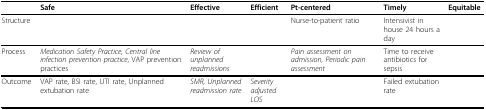
<table><thead><tr><td></td><td><b>Safe</b></td><td><b>Effective</b></td><td><b>Efficient</b></td><td><b>Pt-centered</b></td><td><b>Timely</b></td><td><b>Equitable</b></td></tr></thead><tbody><tr><td>Structure</td><td></td><td></td><td></td><td>Nurse-to-patient ratio</td><td>Intensivist in house 24 hours a day</td><td></td></tr><tr><td>Process</td><td><i>Medication Safety Practice, Central line infection prevention practice</i>, VAP prevention practices</td><td><i>Review of unplanned readmissions</i></td><td></td><td><i>Pain assessment on admission, Periodic pain assessment</i></td><td>Time to receive antibiotics for sepsis</td><td></td></tr><tr><td>Outcome</td><td>VAP rate, BSI rate, UTI rate, Unplanned extubation rate</td><td><i>SMR, Unplanned readmission rate</i></td><td><i>Severity adjusted LOS</i></td><td></td><td>Failed extubation rate</td><td></td></tr></tbody></table>